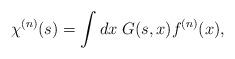
LaTeX: \begin{align*}\chi^{(n)}(s) = \int dx \; G(s,x) f^{(n)}(x),\end{align*}